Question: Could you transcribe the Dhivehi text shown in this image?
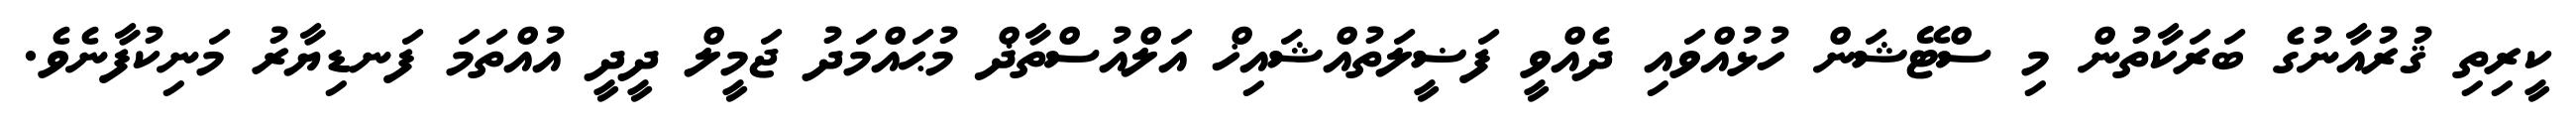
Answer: ކީރިތި ޤުރުއާނުގެ ބަރަކާތުން މި ސްޓޭޝަން ހުޅުއްވައި ދެއްވީ ފަޟީލަތުއްޝައިޚް އަލްއުސްތާޛް މުޙައްމަދު ޖަމީލް ދީދީ އުއްތަމަ ފަނޑިޔާރު މަނިކުފާނެވެ.